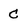
Character: C